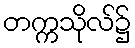
တက္ကသိုလ်၌